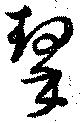
挈